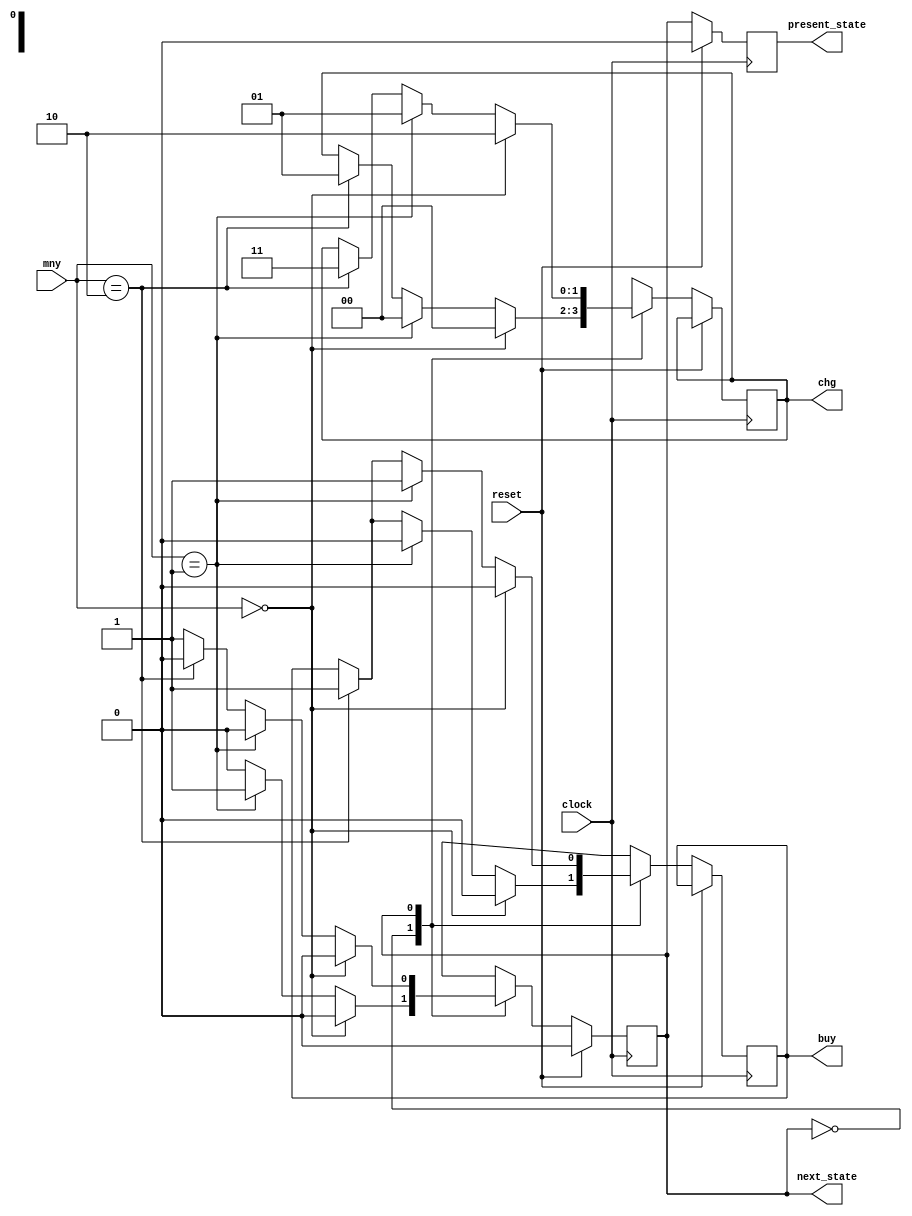
module prob2_2(clock, reset, mny, buy, present_state, next_state, chg);
	
	input clock, reset;
	input [1:0]  mny;
	
	output reg buy, present_state, next_state;
	output reg [1:0] chg;
	
	parameter 	stateA= 0, //0tk/final state
				stateB= 1, //10tk state
				
				n = 15,//price of my product
				
				R0= 2'b00, //0tk return
				R5= 2'b01, //5tk return
				R10= 2'b10, //10tk return
				R15= 2'b11; //15tk return
	
	always@(posedge clock)
	begin
			if(reset==1)
			begin 
				present_state = stateA;
				next_state = stateA;
			end
			else
			begin
				present_state = next_state;
				
				case(present_state)
				stateA: if(mny == 2'b00) // 0 tk
							begin
								next_state = stateA;
								buy =0;
								chg = R0;
							end
						else if(mny == 2'b01) // 10 tk
							begin
								next_state = stateB;
								buy =0;
								chg = R0;
							end
						else if(mny == 2'b10) // 20 tk 
							begin
								next_state = stateA;
								buy =1;
								chg = R5;
							end
							
				stateB: if(mny == 2'b00) // 0 tk
							begin
								next_state = stateA;
								buy =0;
								chg = R10;
							end
						else if(mny == 2'b01) // 10 tk
							begin
								next_state = stateA;
								buy =1;
								chg = R5;
							end
						else if(mny == 2'b10) // 20 tk 
							begin
								next_state = stateA;
								buy =1;
								chg = R15;
							end
				endcase
			end
	end
	endmodule